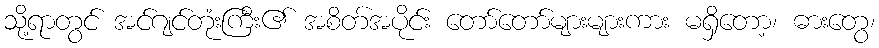
သို့ရာတွင် အင်ဂျင်တုံးကြီး၏ အစိတ်အပိုင်း တော်တော်များများကား မရှိတော့၊ ဓားတွေ၊